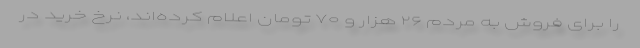
را برای فروش به مردم ۲۶ هزار و ۷۰ تومان اعلام کرده‌اند، نرخ خرید در